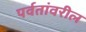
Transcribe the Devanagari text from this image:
पर्वतांवरील